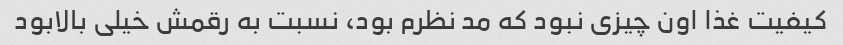
کیفیت غذا اون چیزی نبود که مد نظرم بود، نسبت به رقمش خیلی بالابود